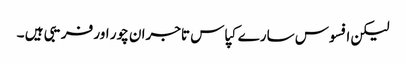
لیکن افسوس سارے کپاس تاجران چور اور فریبی ہیں ۔